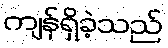
ကျန်ရှိခဲ့သည်